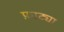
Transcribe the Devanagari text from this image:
फ़ाट्या